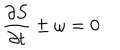
\frac { \partial S } { \partial t } \pm \omega = 0